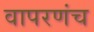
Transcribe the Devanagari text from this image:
वापरणंच